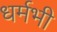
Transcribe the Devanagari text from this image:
धर्मभी